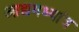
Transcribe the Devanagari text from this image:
आद्यमध्यांत्र